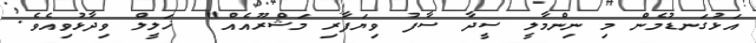
އަޅުގަނޑުމެން މި ނިންމާލީ ސީދާ ސާފު ވިޔަފާރި މަޝްރޫއެއް"  ޚަލީލް ވިދާޅުވިއެވެ.